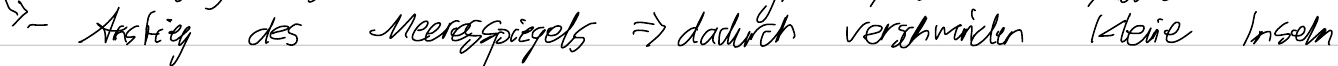
- Anstieg des Meeresspiegels => dadurch verschwinden kleine Inseln